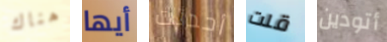
هناك أيها أحدثت قلت أتودين